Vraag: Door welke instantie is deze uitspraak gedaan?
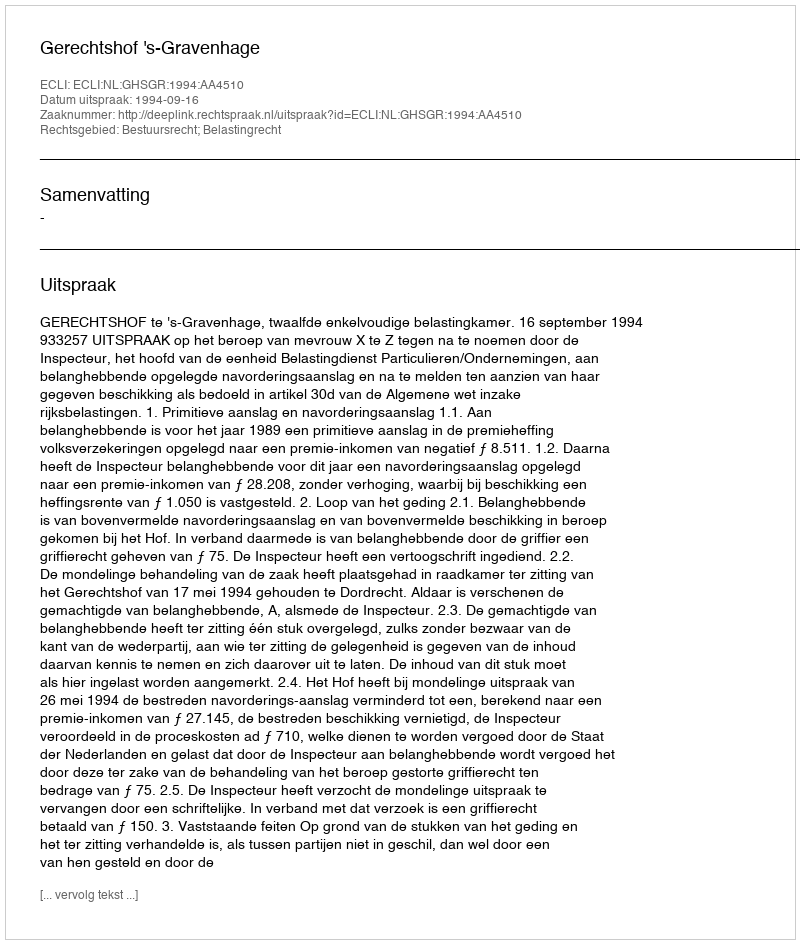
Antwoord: Gerechtshof 's-Gravenhage